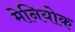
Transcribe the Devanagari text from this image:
मेनियोक